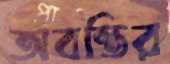
অবন্তির